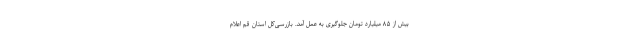
بیش از ۸۵ میلیارد تومان جلوگیری به عمل آمد. بازرسی‌کل استان قم اعلام